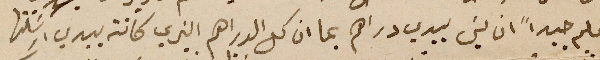
يعلم جيداً ان ليسَ بيدي دراهم بما ان كل الدراهم الذي كانت بيدي ارسَلتها